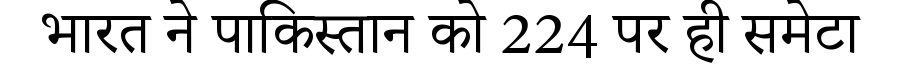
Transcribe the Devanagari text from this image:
भारत ने पाकिस्तान को 224 पर ही समेटा